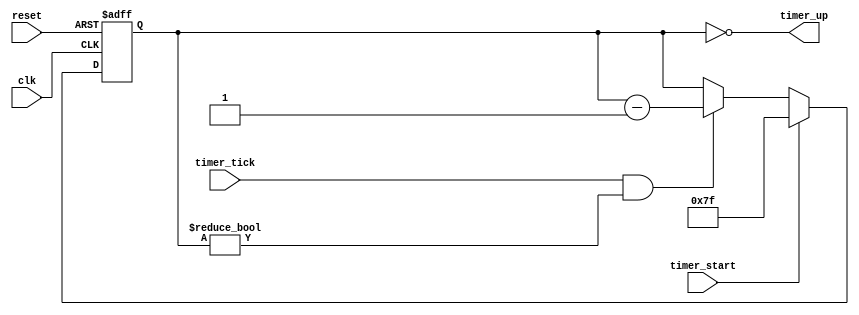
`timescale 1ns / 1ps
//////////////////////////////////////////////////////////////////////////////////
// Company: 
// Engineer: 
// 
// Design Name: 
// Module Name: TIMER
// Project Name: 
// Target Devices: 
// Tool Versions: 
// Description: 
// 
// Dependencies: 
// 
// Revision:
// Revision 0.01 - File Created
// Additional Comments:
// 
//////////////////////////////////////////////////////////////////////////////////
// Listing 14.9
module timer
   (
    input wire clk, reset,
    input wire timer_start, timer_tick,
    output wire timer_up
   );

   // signal declaration
   reg [6:0] timer_reg, timer_next;

   // registers
   always @(posedge clk, posedge reset)
      if (reset)
         timer_reg <= 7'b1111111;
      else
         timer_reg <= timer_next;

   // next-state logic
   always @*
      if (timer_start)
         timer_next = 7'b1111111;
      else if ((timer_tick) && (timer_reg != 0))
         timer_next = timer_reg - 1;
      else
         timer_next = timer_reg;
   // output
   assign timer_up = (timer_reg==0);

endmodule